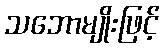
သဘောမျိုးဖြင့်